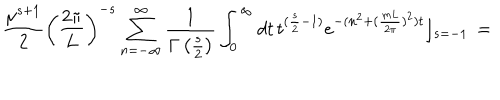
LaTeX: \frac { \mu ^ { s + 1 } } { 2 } \left( \frac { 2 \pi } { L } \right) ^ { - s } \sum _ { n = - \infty } ^ { \infty } \frac { 1 } { \Gamma \left( \frac { s } { 2 } \right) } \int _ { 0 } ^ { \infty } d t \, t ^ { ( \frac { s } { 2 } - 1 ) } e ^ { - ( n ^ { 2 } + ( \frac { m L } { 2 \pi } ) ^ { 2 } ) t } \rfloor _ { s = - 1 } \, =